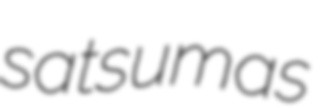
satsumas